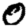
Digit: 0